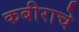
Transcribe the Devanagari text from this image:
कबीराचे